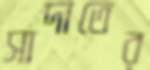
সাদাতের